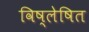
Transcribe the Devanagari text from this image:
विष्लेषित